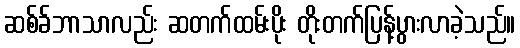
ဆစ်ခ်ဘာသာလည်း ဆတက်ထမ်းပိုး တိုးတက်ပြန့်ပွားလာခဲ့သည်။